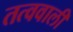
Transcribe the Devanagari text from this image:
तत्ववाली